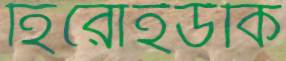
হিরোইউকি